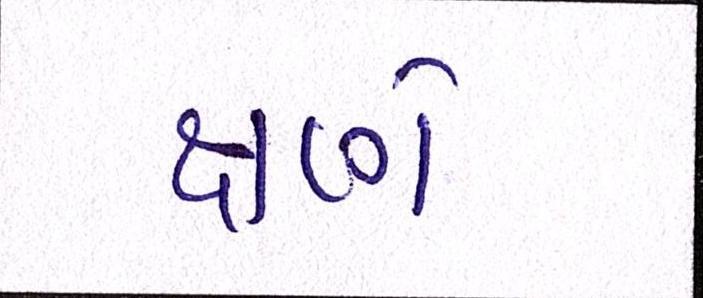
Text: ક્ષણે